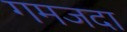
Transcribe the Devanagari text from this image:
गमजदा